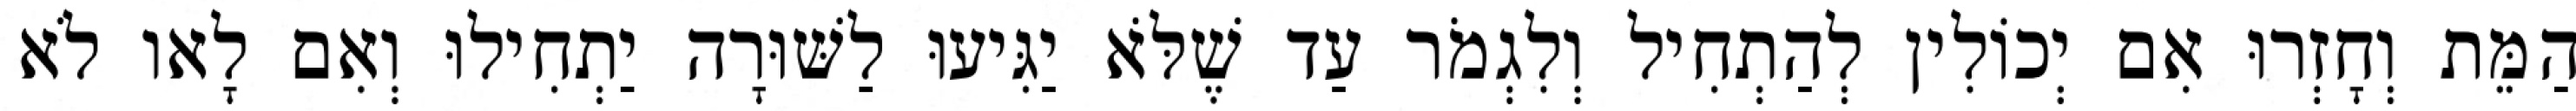
הַמֵּת וְחָזְרוּ אִם יְכוֹלִין לְהַתְחִיל וְלִגְמֹר עַד שֶׁלֹּא יַגִּיעוּ לַשּׁוּרָה יַתְחִילוּ וְאִם לָאו לֹא